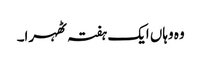
وہ وہاں ایک ہفتہ ٹھہرا۔